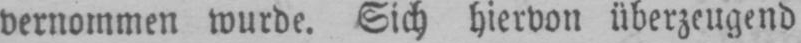
vernommen wurde. Sich hiervon überzeugend